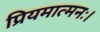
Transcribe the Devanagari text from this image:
प्रियमात्मनः।